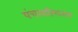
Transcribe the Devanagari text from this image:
पंचत्वारिंशनाम